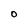
Character: O